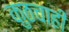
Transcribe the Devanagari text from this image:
कुठचाही